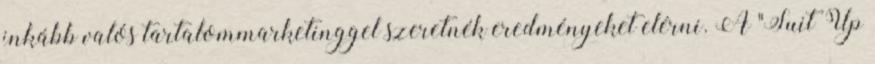
inkább valós tartalommarketinggel szeretnék eredményeket elérni. A "Suit Up